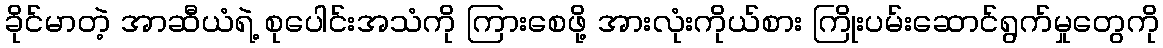
ခိုင်မာတဲ့ အာဆီယံရဲ့ စုပေါင်းအသံကို ကြားစေဖို့ အားလုံးကိုယ်စား ကြိုးပမ်းဆောင်ရွက်မှုတွေကို